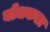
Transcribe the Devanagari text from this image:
बोधकता